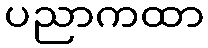
ပညာကထာ